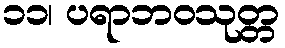
၁၁၊ ပရာဘဝသုတ္တ